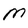
Character: M